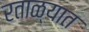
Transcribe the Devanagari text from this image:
रताळ्यात